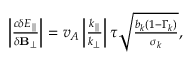
\begin{array} { r } { \left| \frac { c \delta E _ { \parallel } } { \delta \mathbf { B } _ { \perp } } \right| = v _ { A } \left| \frac { k _ { \parallel } } { k _ { \perp } } \right| \tau \sqrt { \frac { b _ { k } \left( 1 - \Gamma _ { k } \right) } { \sigma _ { k } } } , } \end{array}